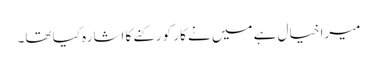
میرا خیال ہے میں نے کار کو رکنے کا اشارہ کیا تھا۔